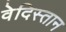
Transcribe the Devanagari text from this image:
वेदिस्तान